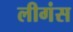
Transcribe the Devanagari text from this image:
लीगंस